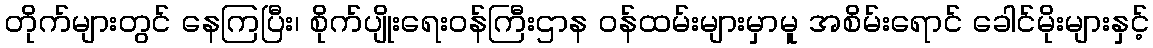
တိုက်များတွင် နေကြပြီး၊ စိုက်ပျိုးရေးဝန်ကြီးဌာန ဝန်ထမ်းများမှာမူ အစိမ်းရောင် ခေါင်မိုးများနှင့်